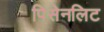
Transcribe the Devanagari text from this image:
पिसेनलिट